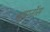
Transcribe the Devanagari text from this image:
थाएनॉस